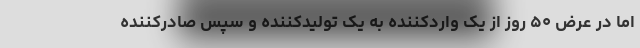
اما در عرض ۵۰ روز از یک واردکننده به یک تولیدکننده و سپس صادرکننده